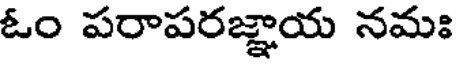
ఓం పరాపరజ్ఞాయ నమః